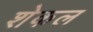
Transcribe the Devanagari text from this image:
शेकल